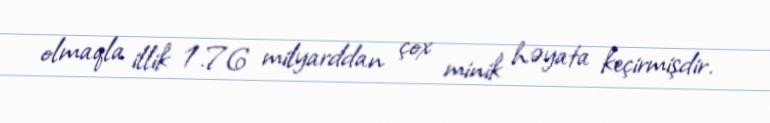
olmaqla illik 1.76 milyarddan çox minik həyata keçirmişdir.